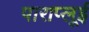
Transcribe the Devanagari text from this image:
पाराप्लूई